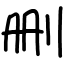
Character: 删